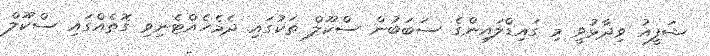
ޝަފީއު ވިދާޅުވީ މި ގައިޑްލައިންގެ ސަބަބުން ސްކޫލް ތަކުގައި ދެމެހެއްޓެނިވި ގޮތެއްގައި ސްކޫލް